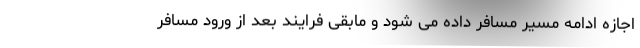
اجازه ادامه مسیر مسافر داده می شود و مابقی فرایند بعد از ورود مسافر